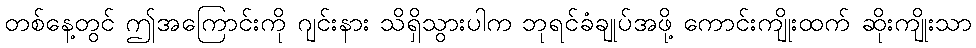
တစ်နေ့တွင် ဤအကြောင်းကို ဂျင်းနား သိရှိသွားပါက ဘုရင်ခံချုပ်အဖို့ ကောင်းကျိုးထက် ဆိုးကျိုးသာ